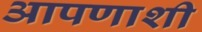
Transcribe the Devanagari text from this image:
आपणाशी